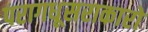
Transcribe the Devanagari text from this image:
परागधूसराकारो